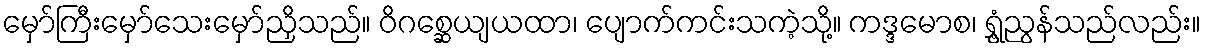
မှော်ကြီးမှော်သေးမှော်ညှိသည်။ ဝိဂစ္ဆေယျယထာ၊ ပျောက်ကင်းသကဲ့သို့။ ကဒ္ဒမောစ၊ ရွှံ့ညွန်သည်လည်း။